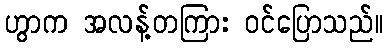
ဟွာက အလန့်တကြား ဝင်ပြောသည်။